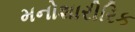
મનોશારીરિક